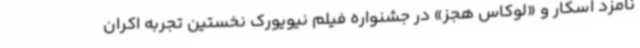
نامزد اسکار و «لوکاس هجز» در جشنواره فیلم نیویورک نخستین تجربه اکران